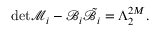
\mathrm { d e t } \mathcal { M } _ { i } - \mathcal { B } _ { i } \tilde { \mathcal { B } } _ { i } = \Lambda _ { 2 } ^ { 2 M } .